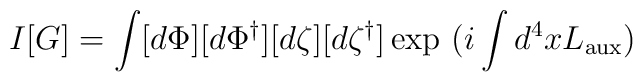
I [G] = \int [d \Phi] [d \Phi^\dagger] [d \zeta] [d\zeta^\dagger] \, \mbox {\rm exp} ~(i \int d^4 x L_{{\rm aux}})